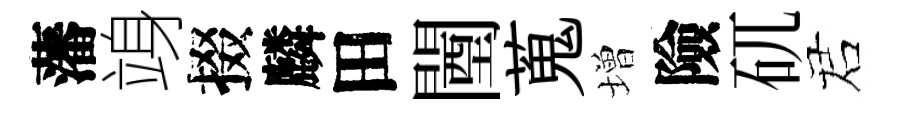
藩竧掇麟田闉蒐増險矹诺